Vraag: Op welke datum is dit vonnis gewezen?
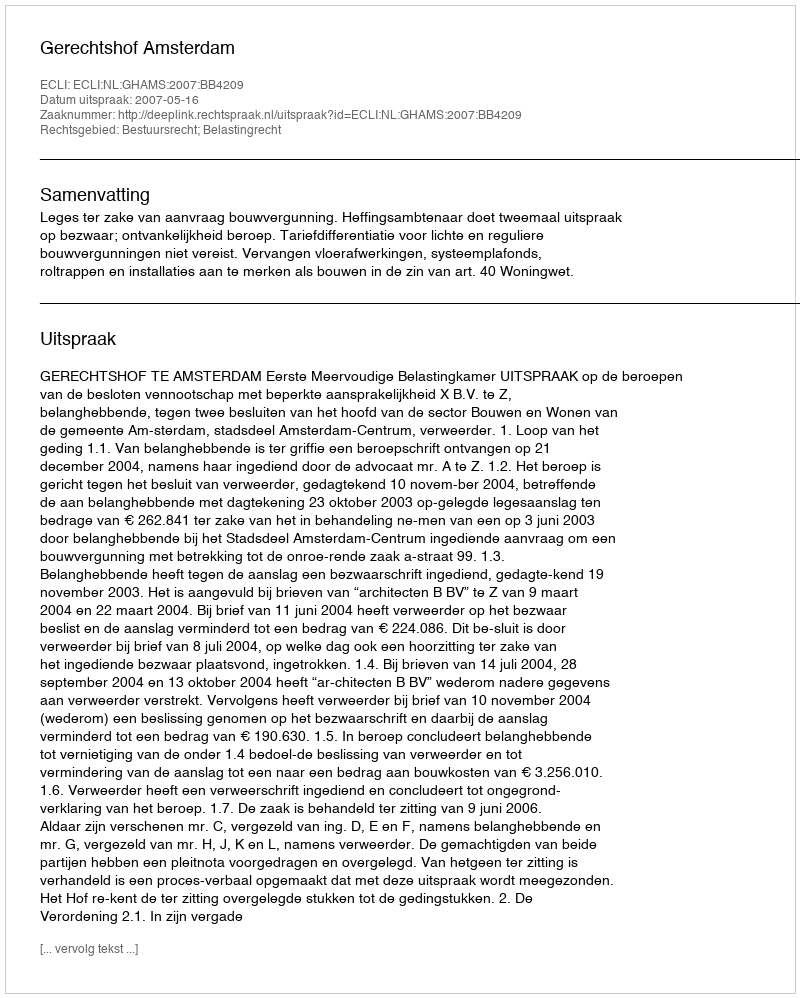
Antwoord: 2007-05-16